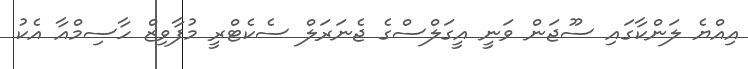
އިއްޔެ ލަންކާގައި ސޫޖަން ވަނީ އީގަލްސްގެ ޖެނަރަލް ސެކެޓްރީ މުފާވިޒް ހާސިމްއާ އެކު